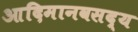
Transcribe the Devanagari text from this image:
आदिमानवसद्य